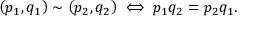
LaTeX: \left( p _ { 1 } , q _ { 1 } \right) \sim \left( p _ { 2 } , q _ { 2 } \right) \iff p _ { 1 } q _ { 2 } = p _ { 2 } q _ { 1 } .